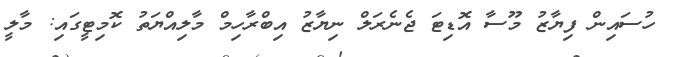
ހުސައިން ފިޔާޒު މޫސާ އޮޑިޓަ ޖެނެރަލް ނިޔާޒު އިބްރާހިމް މާލިއްޔަތު ކޮމިޓީގައި: މާލީ